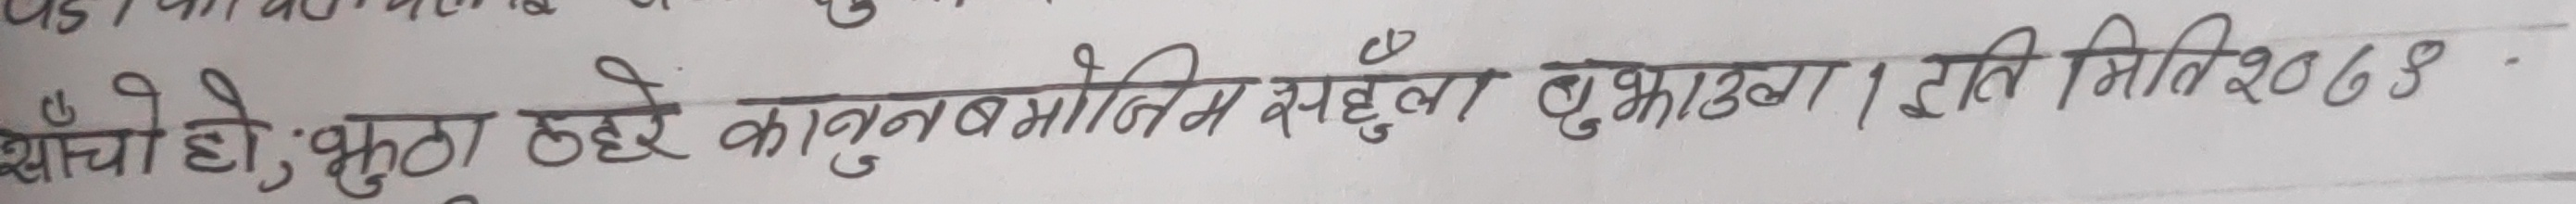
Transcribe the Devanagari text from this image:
साँचो हो; भुक्ता छर कानूनबमोजिम सहुँला बुझाला। इति मिति २०६४-